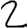
Digit: 2